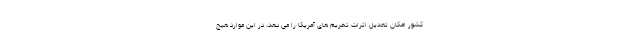
کشور امکان تعدیل اثرات تحریم های آمریکا را می دهد، در این موارد هیچ